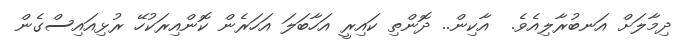
ދިމާލަށް އަނބުރާލިއެވެ.  އާކިން.. ދޮންތި ކައިރީ އަހާބަލަ އަހަރެން ކޮންއިރަކުހޭ ރުޅިއައިސްގެން